Report of the King Institute of Preventive Medicine, Guindy
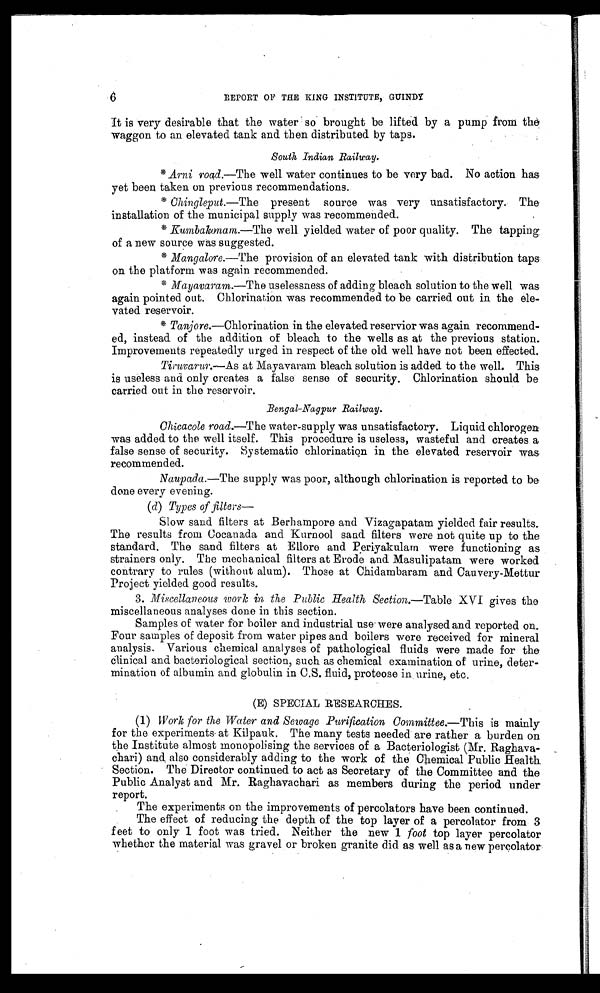
6
REPORT OF THE KING INSTITUTE, GUINDY
It is very desirable that the water so brought be lifted by a pump from the
waggon to an elevated tank and then distributed by taps.
South Indian Railway.
* Arni road.— The well water continues to be very bad. No action has
yet been taken on previous recommendations.
* Chingleput.— The
present source was very unsatisfactory. The
installation of the municipal supply was recommended.
* Kumbakonam.— The well yielded water of poor quality. The tapping
of a new source was suggested.
* Mangalore.— The provision of an elevated tank with distribution taps
on the platform was again recommended.
* Mayavaram.— The uselessness of adding bleach solution to the well was
again pointed out. Chlorination was recommended to be carried out in the ele
-vated reservoir.
* Tanjore.— Chlorination in the elevated reservior was again recommend
- e d , i n s t e a d o f t h e a d d i t i o n o f b l e a c h t o t h e w e l l s a s a t t h e p r e v i o u s s t a t i o n .
Improvements repeatedly urged in respect of the old well have not been effected.
Tiruvarur.— As at Mayavaram bleach solution is added to the well. This
is useless and only creates a false sense of security. Chlorination should be
carried out in the reservoir.
Bengal-Nagpur Railway.
Chicacole road.— The water-supply was unsatisfactory. Liquid chlorogen
was added to the well itself. This procedure is useless, wasteful and creates a
false sense of security. Systematic chlorination in the elevated reservoir was
recommended.
Naupada.— The supply was poor, although chlorination is reported to be
done every evening.
( d) Types of filters
—
Slow sand fitters at Berhampore and Vizagapatam yielded fair results.
The results from Cocanada and Kurnool sand filters were not quite up to the
standard. The sand filters at Ellore and Periyakulam were functioning as
strainers only. The mechanical filters at Erode and Masulipatam were worked
contrary to rules (without alum). Those at Chidambaram and Cauvery-Mettur
Project yielded good results.
3. Miscellaneous work in the Public Health Section.— Table XVI gives the
miscellaneous analyses done in this section.
Samples of water for boiler and industrial use were analysed and reported on.
Four samples of deposit from water pipes and boilers were received for mineral
analysis. Various chemical analyses of pathological fluids were made for the
clinical and bacteriological section, such as chemical examination of urine, deter
-mination of albumin and globulin in C.S. fluid, proteose in urine, etc.
(E) SPECIAL RESEARCHES.
( 1 ) Work for the Water and Sewage Purification Committee.— This is mainly
for the experiments at Kilpauk. The many tests needed are rather a burden on
the Institute almost monopolising the services of a Bacteriologist (Mr. Raghava
-chari) and also considerably adding to the work of the Chemical Public Health
Section. The Director continued to act as Secretary of the Committee and the
Public Analyst and Mr. Raghavachari as members during the period under
report.
The experiments on the improvements of percolators have been continued.
The effect of reducing the depth of the top layer of a percolator from 3
feet to only 1 foot was tried. Neither the new 1 foot top layer percolator
whether the material was gravel or broken granite did as well as a new percolator